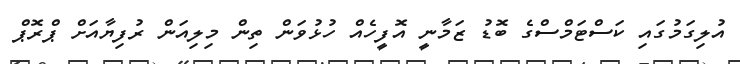
އުލިގަމުގައި ކަސްޓަމްސްގެ ބޮޑު ޒަމާނީ އޮފީހެއް ހުޅުވަން ތިން މިލިއަން ރުފިޔާއަށް ޕްރޮޕް